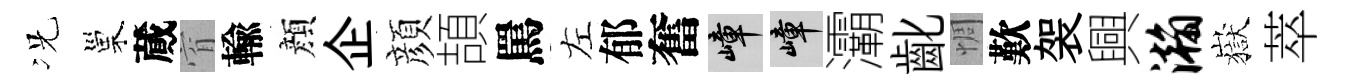
况巢蕆窅輸顔企顔頡罵左郁奮嶂嶂灞齔惆歎袈興瀚嶽萃